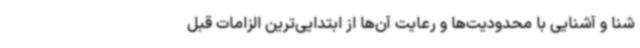
شنا و آشنایی با محدودیت‌ها و رعایت آن‌ها از ابتدایی‌ترین الزامات قبل